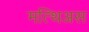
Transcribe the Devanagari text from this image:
मत्थिअस